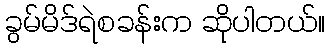
ခွမ်မိဒ်ရဲစခန်းက ဆိုပါတယ်။